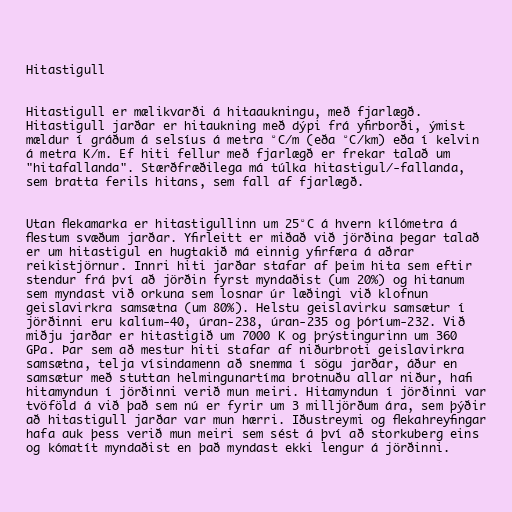
Hitastigull

Hitastigull er mælikvarði á hitaaukningu, með fjarlægð.
Hitastigull jarðar er hitaukning með dýpi frá yfirborði, ýmist
mældur í gráðum á selsíus á metra °C/m (eða °C/km) eða í kelvin
á metra K/m. Ef hiti fellur með fjarlægð er frekar talað um
"hitafallanda". Stærðfræðilega má túlka hitastigul/-fallanda,
sem bratta ferils hitans, sem fall af fjarlægð.

Utan flekamarka er hitastigullinn um 25°C á hvern kílómetra á
flestum svæðum jarðar. Yfirleitt er miðað við jörðina þegar talað
er um hitastigul en hugtakið má einnig yfirfæra á aðrar
reikistjörnur. Innri hiti jarðar stafar af þeim hita sem eftir
stendur frá því að jörðin fyrst myndaðist (um 20%) og hitanum
sem myndast við orkuna sem losnar úr læðingi við klofnun
geislavirkra samsætna (um 80%). Helstu geislavirku samsætur í
jörðinni eru kalíum-40, úran-238, úran-235 og þóríum-232. Við
miðju jarðar er hitastigið um 7000 K og þrýstingurinn um 360
GPa. Þar sem að mestur hiti stafar af niðurbroti geislavirkra
samsætna, telja vísindamenn að snemma í sögu jarðar, áður en
samsætur með stuttan helmingunartíma brotnuðu allar niður, hafi
hitamyndun í jörðinni verið mun meiri. Hitamyndun í jörðinni var
tvöföld á við það sem nú er fyrir um 3 milljörðum ára, sem þýðir
að hitastigull jarðar var mun hærri. Iðustreymi og flekahreyfingar
hafa auk þess verið mun meiri sem sést á því að storkuberg eins
og kómatít myndaðist en það myndast ekki lengur á jörðinni.